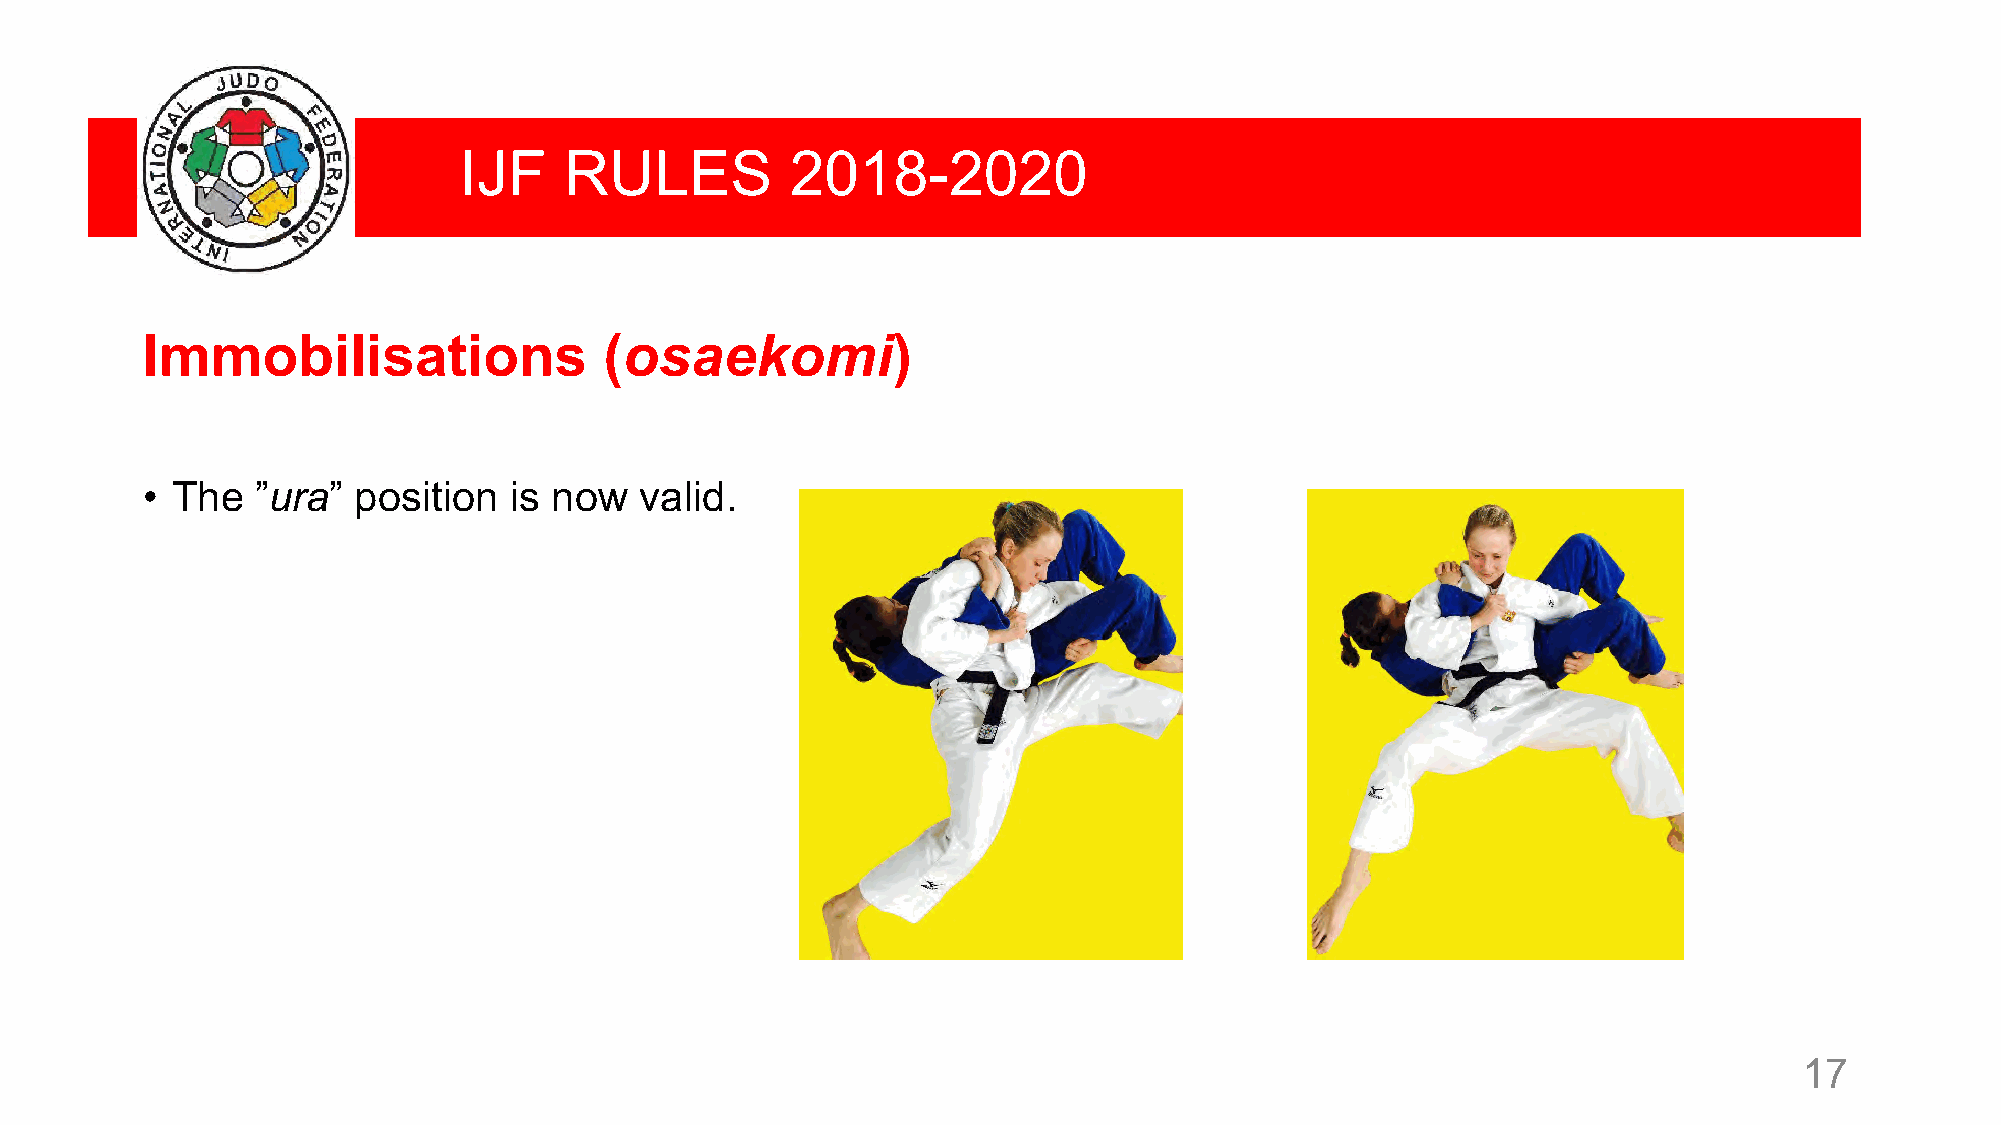
IJF    RULES          2018-2020
 Immobilisations                (osaekomi)
 • The   ”ura” position   is now  valid.
 17